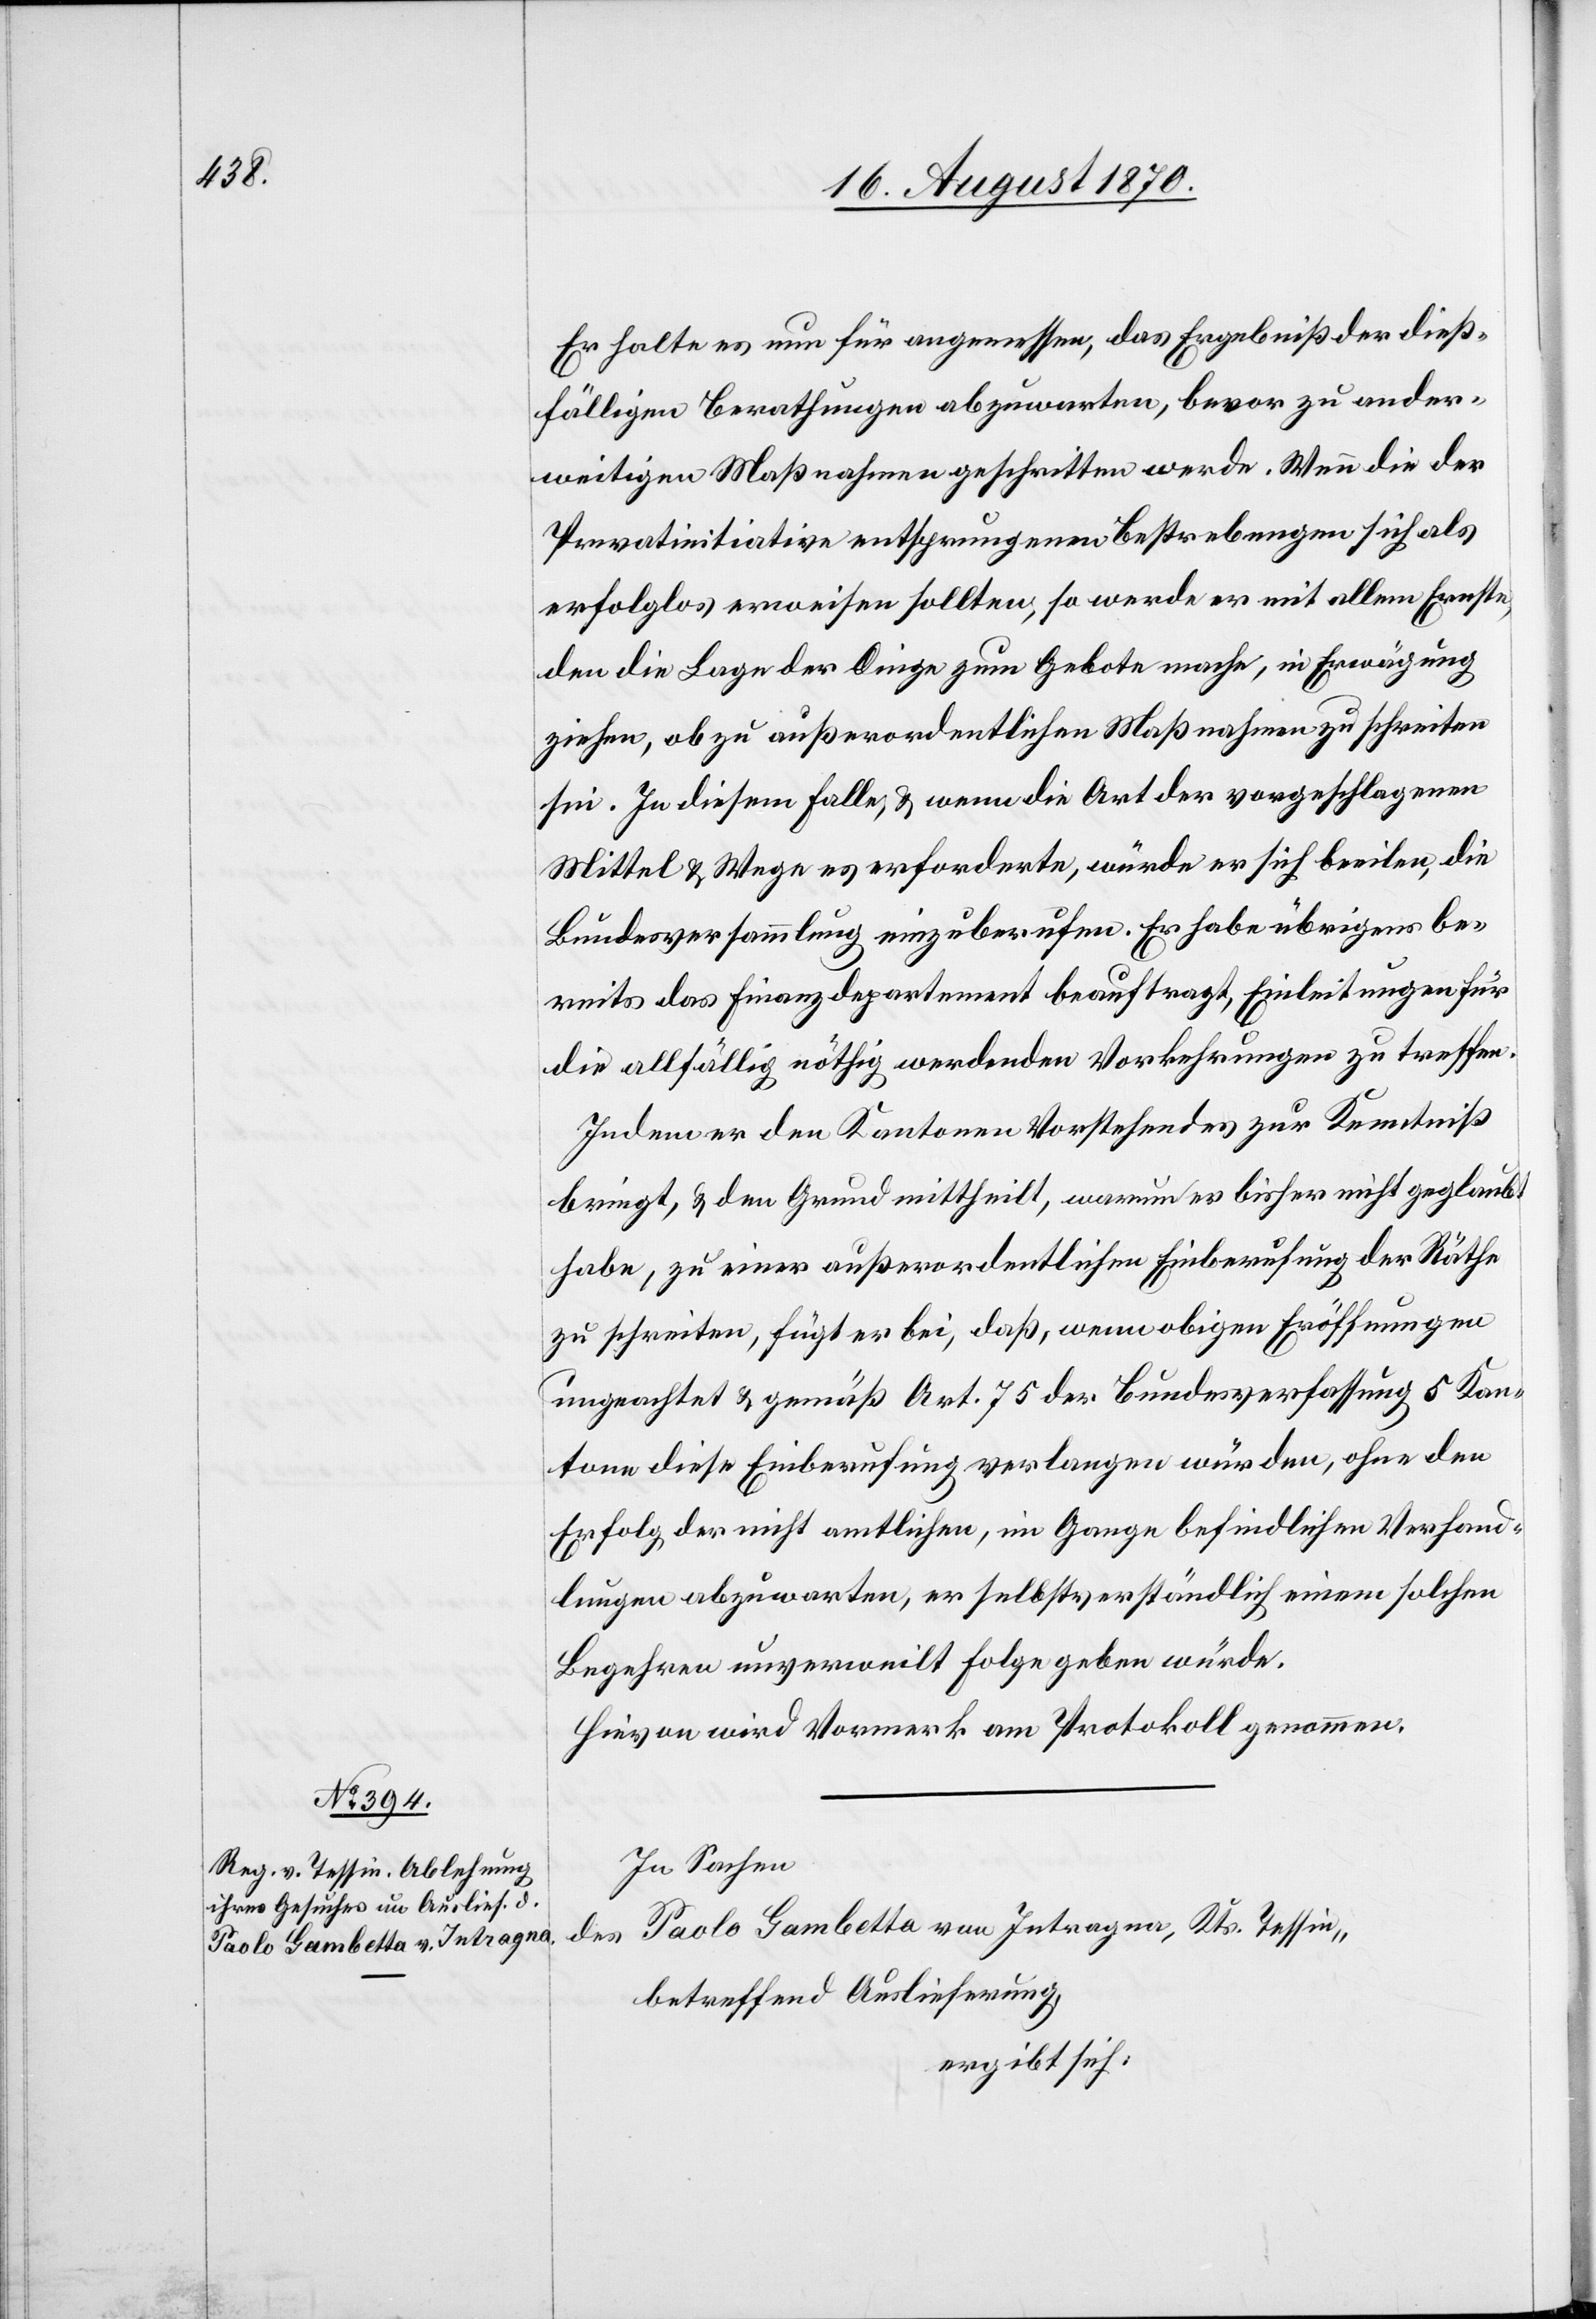
Er halte es nun für angemessen, das Ergebniß der dieß¬
fälligen Berathungen abzuwarten, bevor zu ander¬
weitigen Maßnahmen geschritten werde. Wenn die der
Privatinitiative entsprungenen Bestrebungen sich als
erfolglos erweisen sollten, so werde er mit allem Ernste,
den die Lage der Dinge zum Gebote mache, in Erwägung
ziehen, ob zu außerordentlichen Maßnahmen zu schreiten
sei. In diesem Falle, & wenn die Art der vorgeschlagenen
Mittel & Wege es erfordere, würde er sich beeilen, die
Bundesversammlung einzuberufen. Er habe übrigens be¬
reits das Finanzdepartement beauftragt, Einleitungen für
die allfällig nöthig werdenden Vorkehrungen zu treffen.
Indem er den Kantonen Vorstehendes zur Kenntniß
bringt, & den Grund mittheilt, warum er bisher nicht geglaubt
habe, zu einer außerordentlichen Einberufung der Räthe
zu schreiten, fügt er bei, daß, wenn obigen Eröffnungen
ungeachtet & gemäß Art. 75 der Bundesverfassung 5 Kan¬
tone diese Einberufung verlangen würden, ohne den
Erfolg der nicht amtlichen, im Gange befindlichen Verhand¬
lungen abzuwarten, er selbstverständlich einem solchen
Begehren unverweilt Folge geben würde.
Hievon wird Vormerk am Protokoll genommen.
In Sachen
Paolo Gambetta von Intragna, Kts. Tessin,
des
betreffend Auslieferung,
ergibt sich: